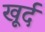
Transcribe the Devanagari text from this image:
खूर्द